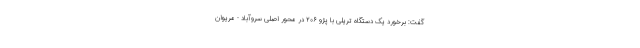
گفت: برخورد یک دستگاه تریلی با پژو ۲۰۶ در محور اصلی سروآباد - مریوان